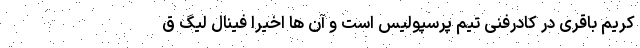
کریم باقری در کادرفنی تیم پرسپولیس است و آن ها اخیراً فینال لیگ ق